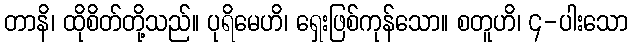
တာနိ၊ ထိုစိတ်တို့သည်။ ပုရိမေဟိ၊ ရှေးဖြစ်ကုန်သော။ စတူဟိ၊ ၄-ပါးသော